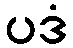
ပဒံ